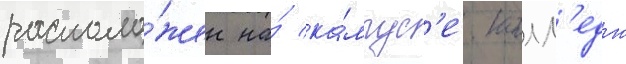
располо́жен на́ ка́мпус'е. колл'едж